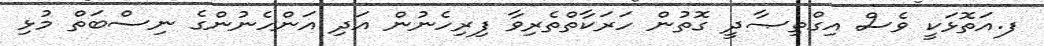
ފ.އަތޮޅަކީ ވެސް އިގްތިޞާދީ ގޮތުން ހަރަކާތްތެރިވާ ފިރިހެނުން އަދި އަންހެނުންގެ ނިސްބަތް މުޅި